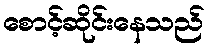
စောင့်ဆိုင်းနေသည်